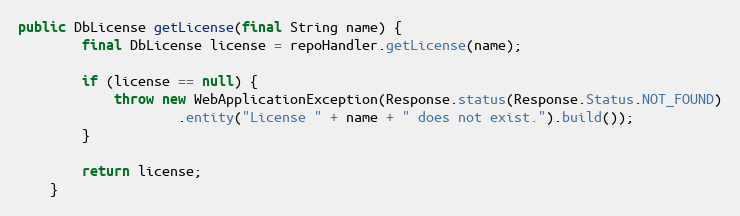
Language: Java
public DbLicense getLicense(final String name) {
        final DbLicense license = repoHandler.getLicense(name);

        if (license == null) {
            throw new WebApplicationException(Response.status(Response.Status.NOT_FOUND)
                    .entity("License " + name + " does not exist.").build());
        }

        return license;
    }